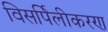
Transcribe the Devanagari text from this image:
विसर्पिलीकरण